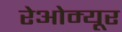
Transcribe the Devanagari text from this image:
रेओम्यूर